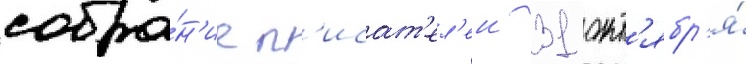
собра́н'ие п'исат'ел'еи 31 окт'ябр'я́